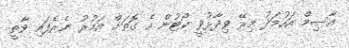
އާސިމް އަހުމަދު މިރޭ ވިދާޅުވީ ކޯޓުން އެ ގޮތަށް އަމުރު ނެރެފައި ވާތީ